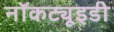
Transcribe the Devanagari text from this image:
नॉकट्यूइडी